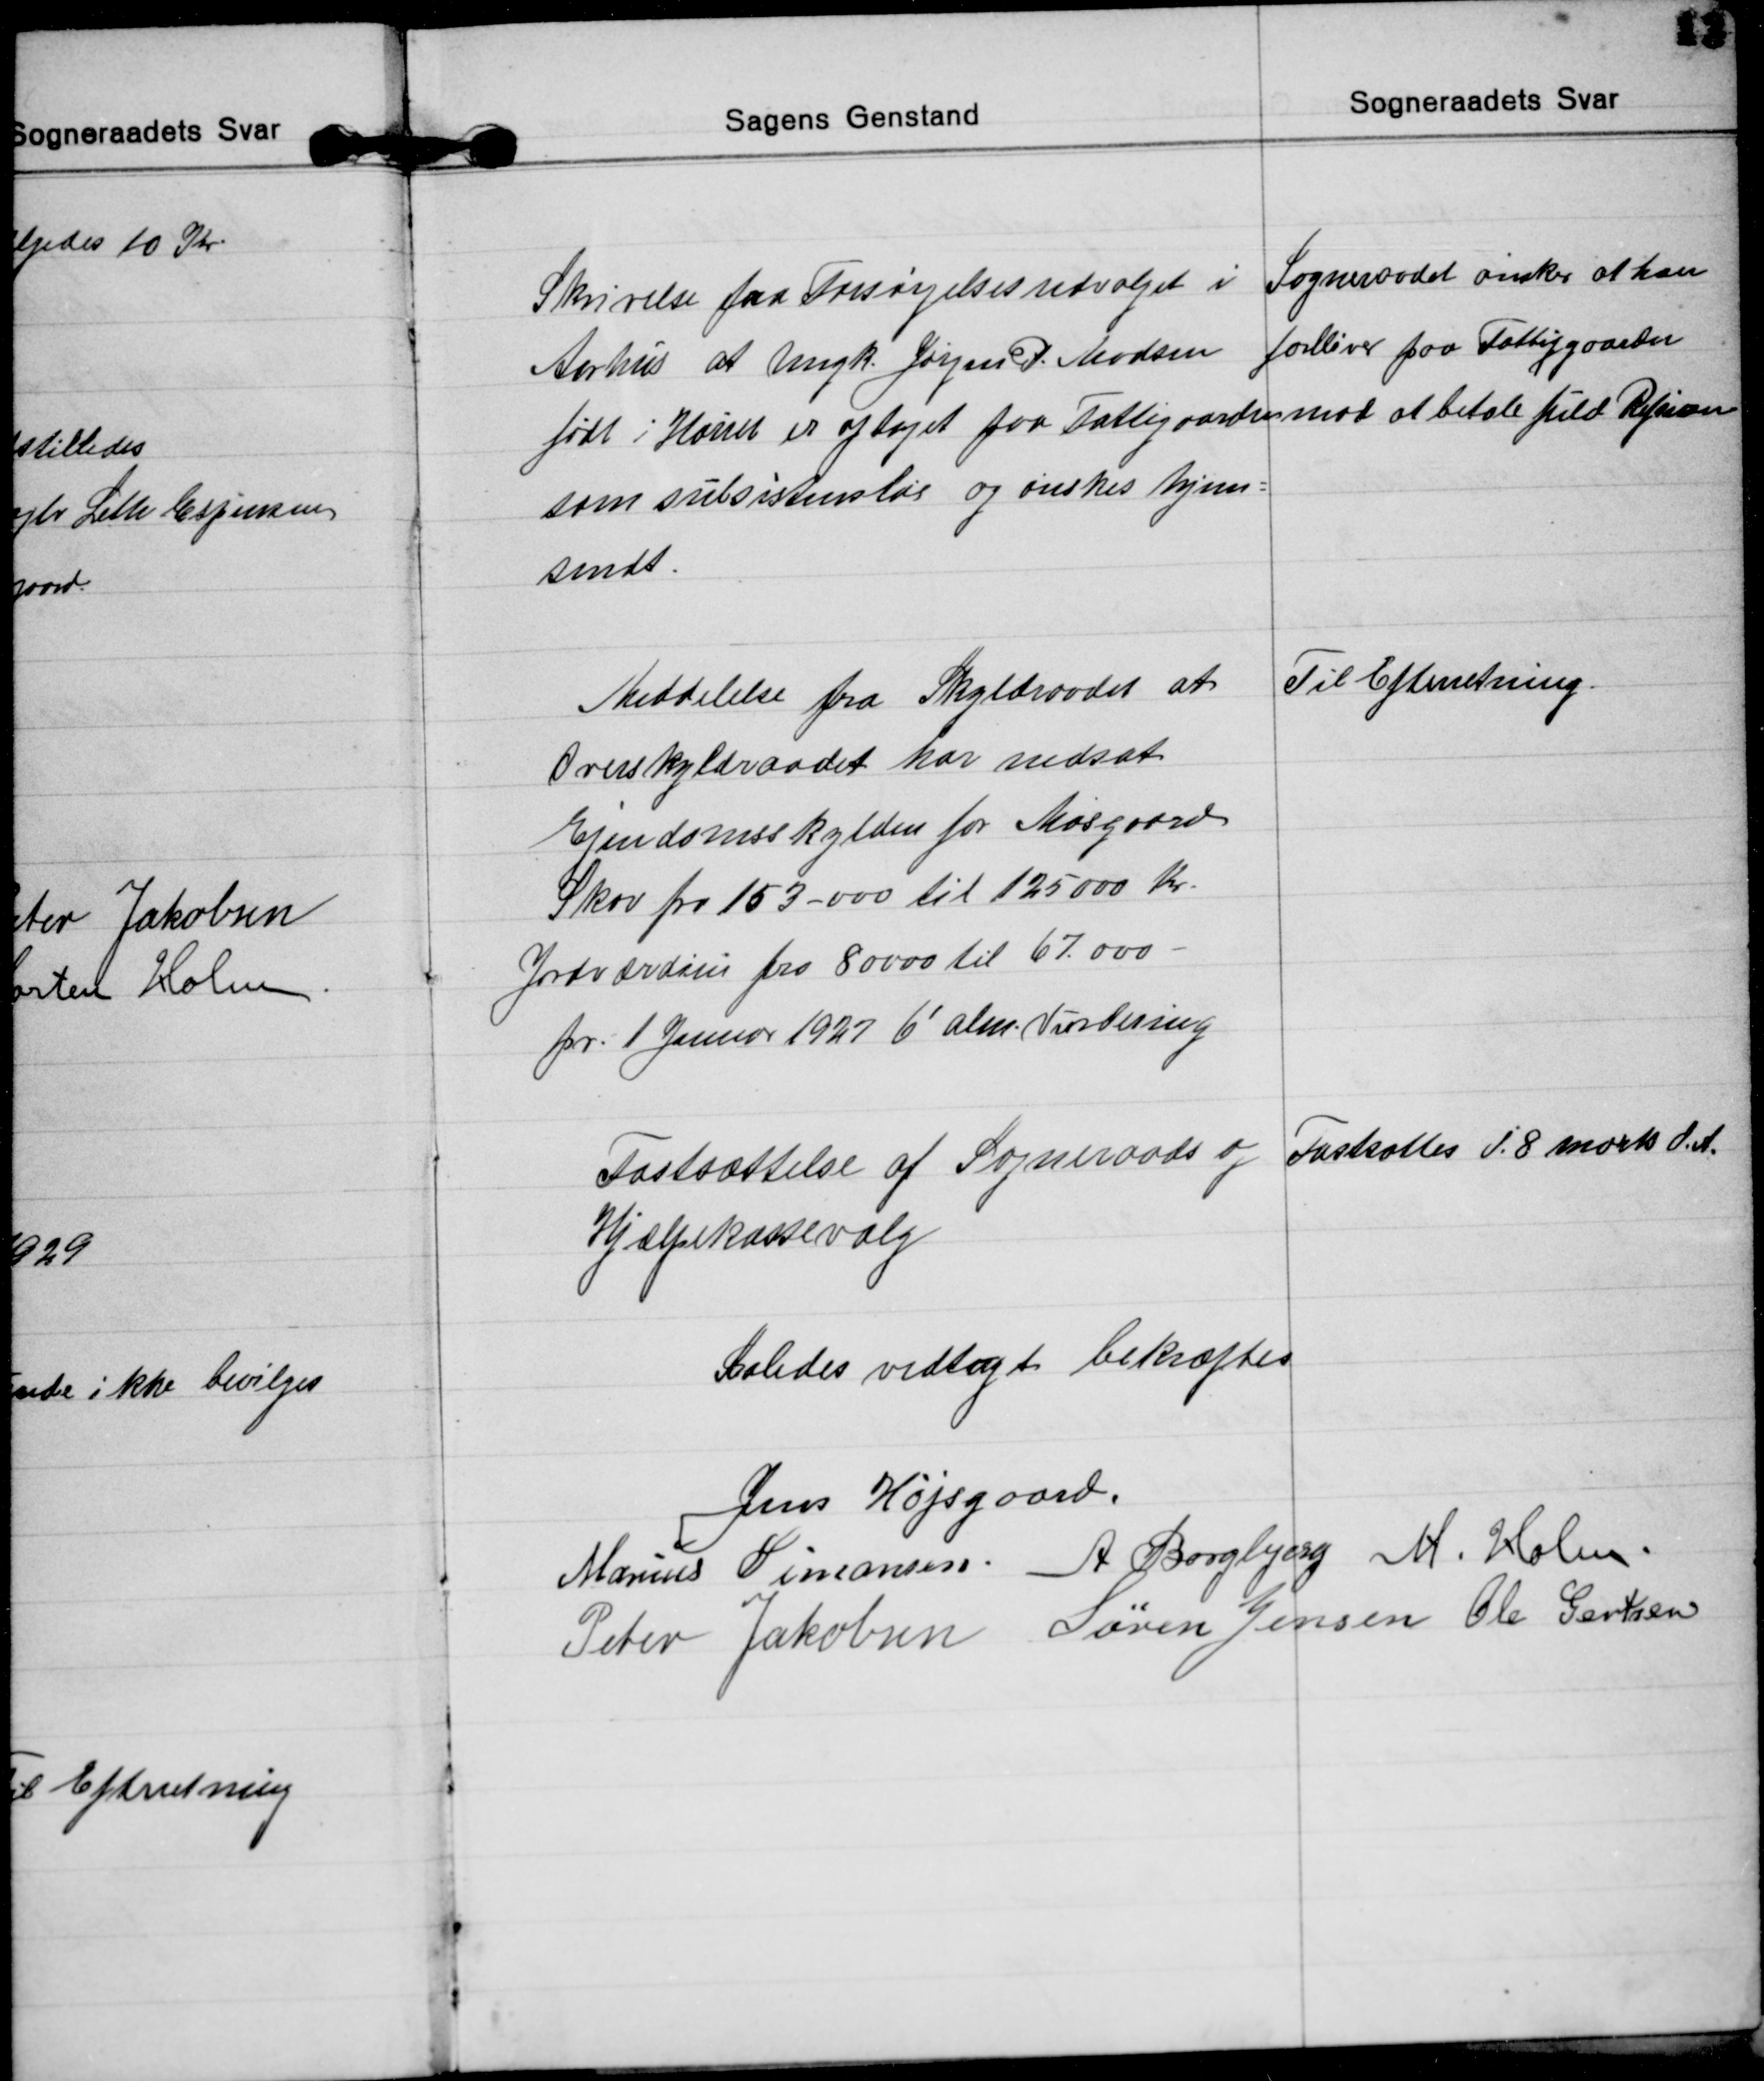
Transskription:
Skrivelse fra Forsørgelsesudvalget i
Aarhus at Ungk. Jørgen P. Madsen
født i Hørret er optaget paa Fattiggaarden
som subsistensløs og ønskes hjem=
sendt.
Sogneraadet ønsker at han
forbliver paa Fattiggaarden
mod at betale fuld Refusion

Meddelelse fra Skyldraadet at
Overskyldraadet har nedsat
Ejendomsskylden for Mosgaard
Skov fra 153-000 til 125.000 Kr.
Jordværdien fra 80000 til 67.000
pr. 1 Januar 1927 6' alm. Vurdering
Til Efterretning.

Fastsættelse af Sogneraads og
Hjælpekassevalg
Fastsættes d. 8 Marts d.A.

Saaledes vedtagt bekræftes
Jens Højsgaard.
Marius Simonsen. A Borgbjerg M. Holm.
Peter Jakobsen Søren Jensen Ole Gertsen